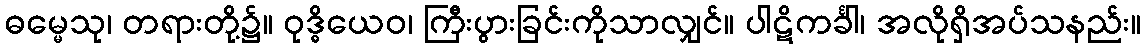
ဓမ္မေသု၊ တရားတို့၌။ ဝုဒ္ဓိယေဝ၊ ကြီးပွားခြင်းကိုသာလျှင်။ ပါဋိကင်္ခါ၊ အလိုရှိအပ်သနည်း။